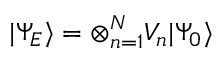
| \Psi _ { E } \rangle = \otimes _ { n = 1 } ^ { N } V _ { n } | \Psi _ { 0 } \rangle